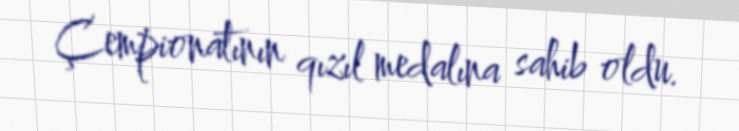
Çempionatının qızıl medalına sahib oldu.